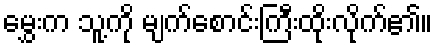
မွှေးက သူ့ကို မျက်စောင်းကြီးထိုးလိုက်၏။